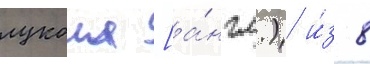
лукоил [а́нгл.) и́з 8